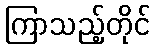
ကြာသည့်တိုင်